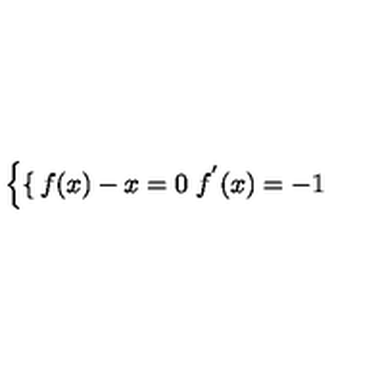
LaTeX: \left\{ \begin{cases} { f ( x ) - x = 0 } \\ { f ^ { ' } ( x ) = - 1 } \\ \end{cases} \right.